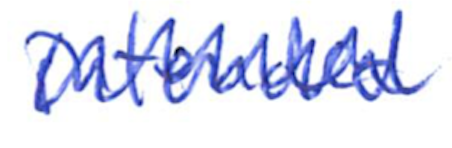
Text: intended
Cross-out: zig-zag
Writing tool: ballpoint